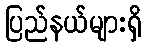
ပြည်နယ်များရှိ